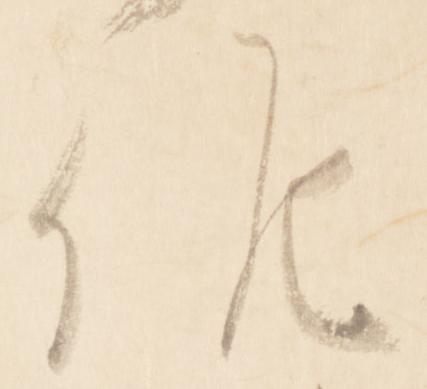
候